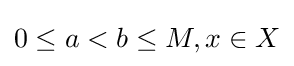
{\textstyle 0\leq a<b\leq M,x\in X}